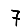
Digit: 7